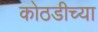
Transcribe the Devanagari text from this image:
कोठडीच्या